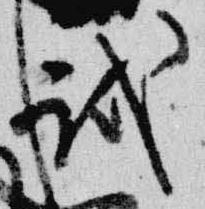
試